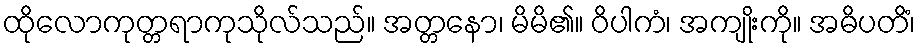
ထိုလောကုတ္တရာကုသိုလ်သည်။ အတ္တနော၊ မိမိ၏။ ဝိပါကံ၊ အကျိုးကို။ အဓိပတိံ၊